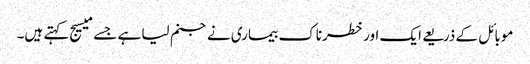
موبائل کے ذریعے ایک اور خطرناک بیماری نے جنم لیا ہے جسے میسیج کہتے ہیں۔